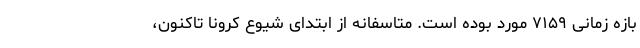
بازه زمانی ۷۱۵۹ مورد بوده است. متاسفانه از ابتدای شیوع کرونا تاکنون،